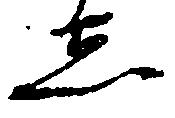
し